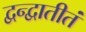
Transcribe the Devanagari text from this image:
द्वन्द्वातीतं